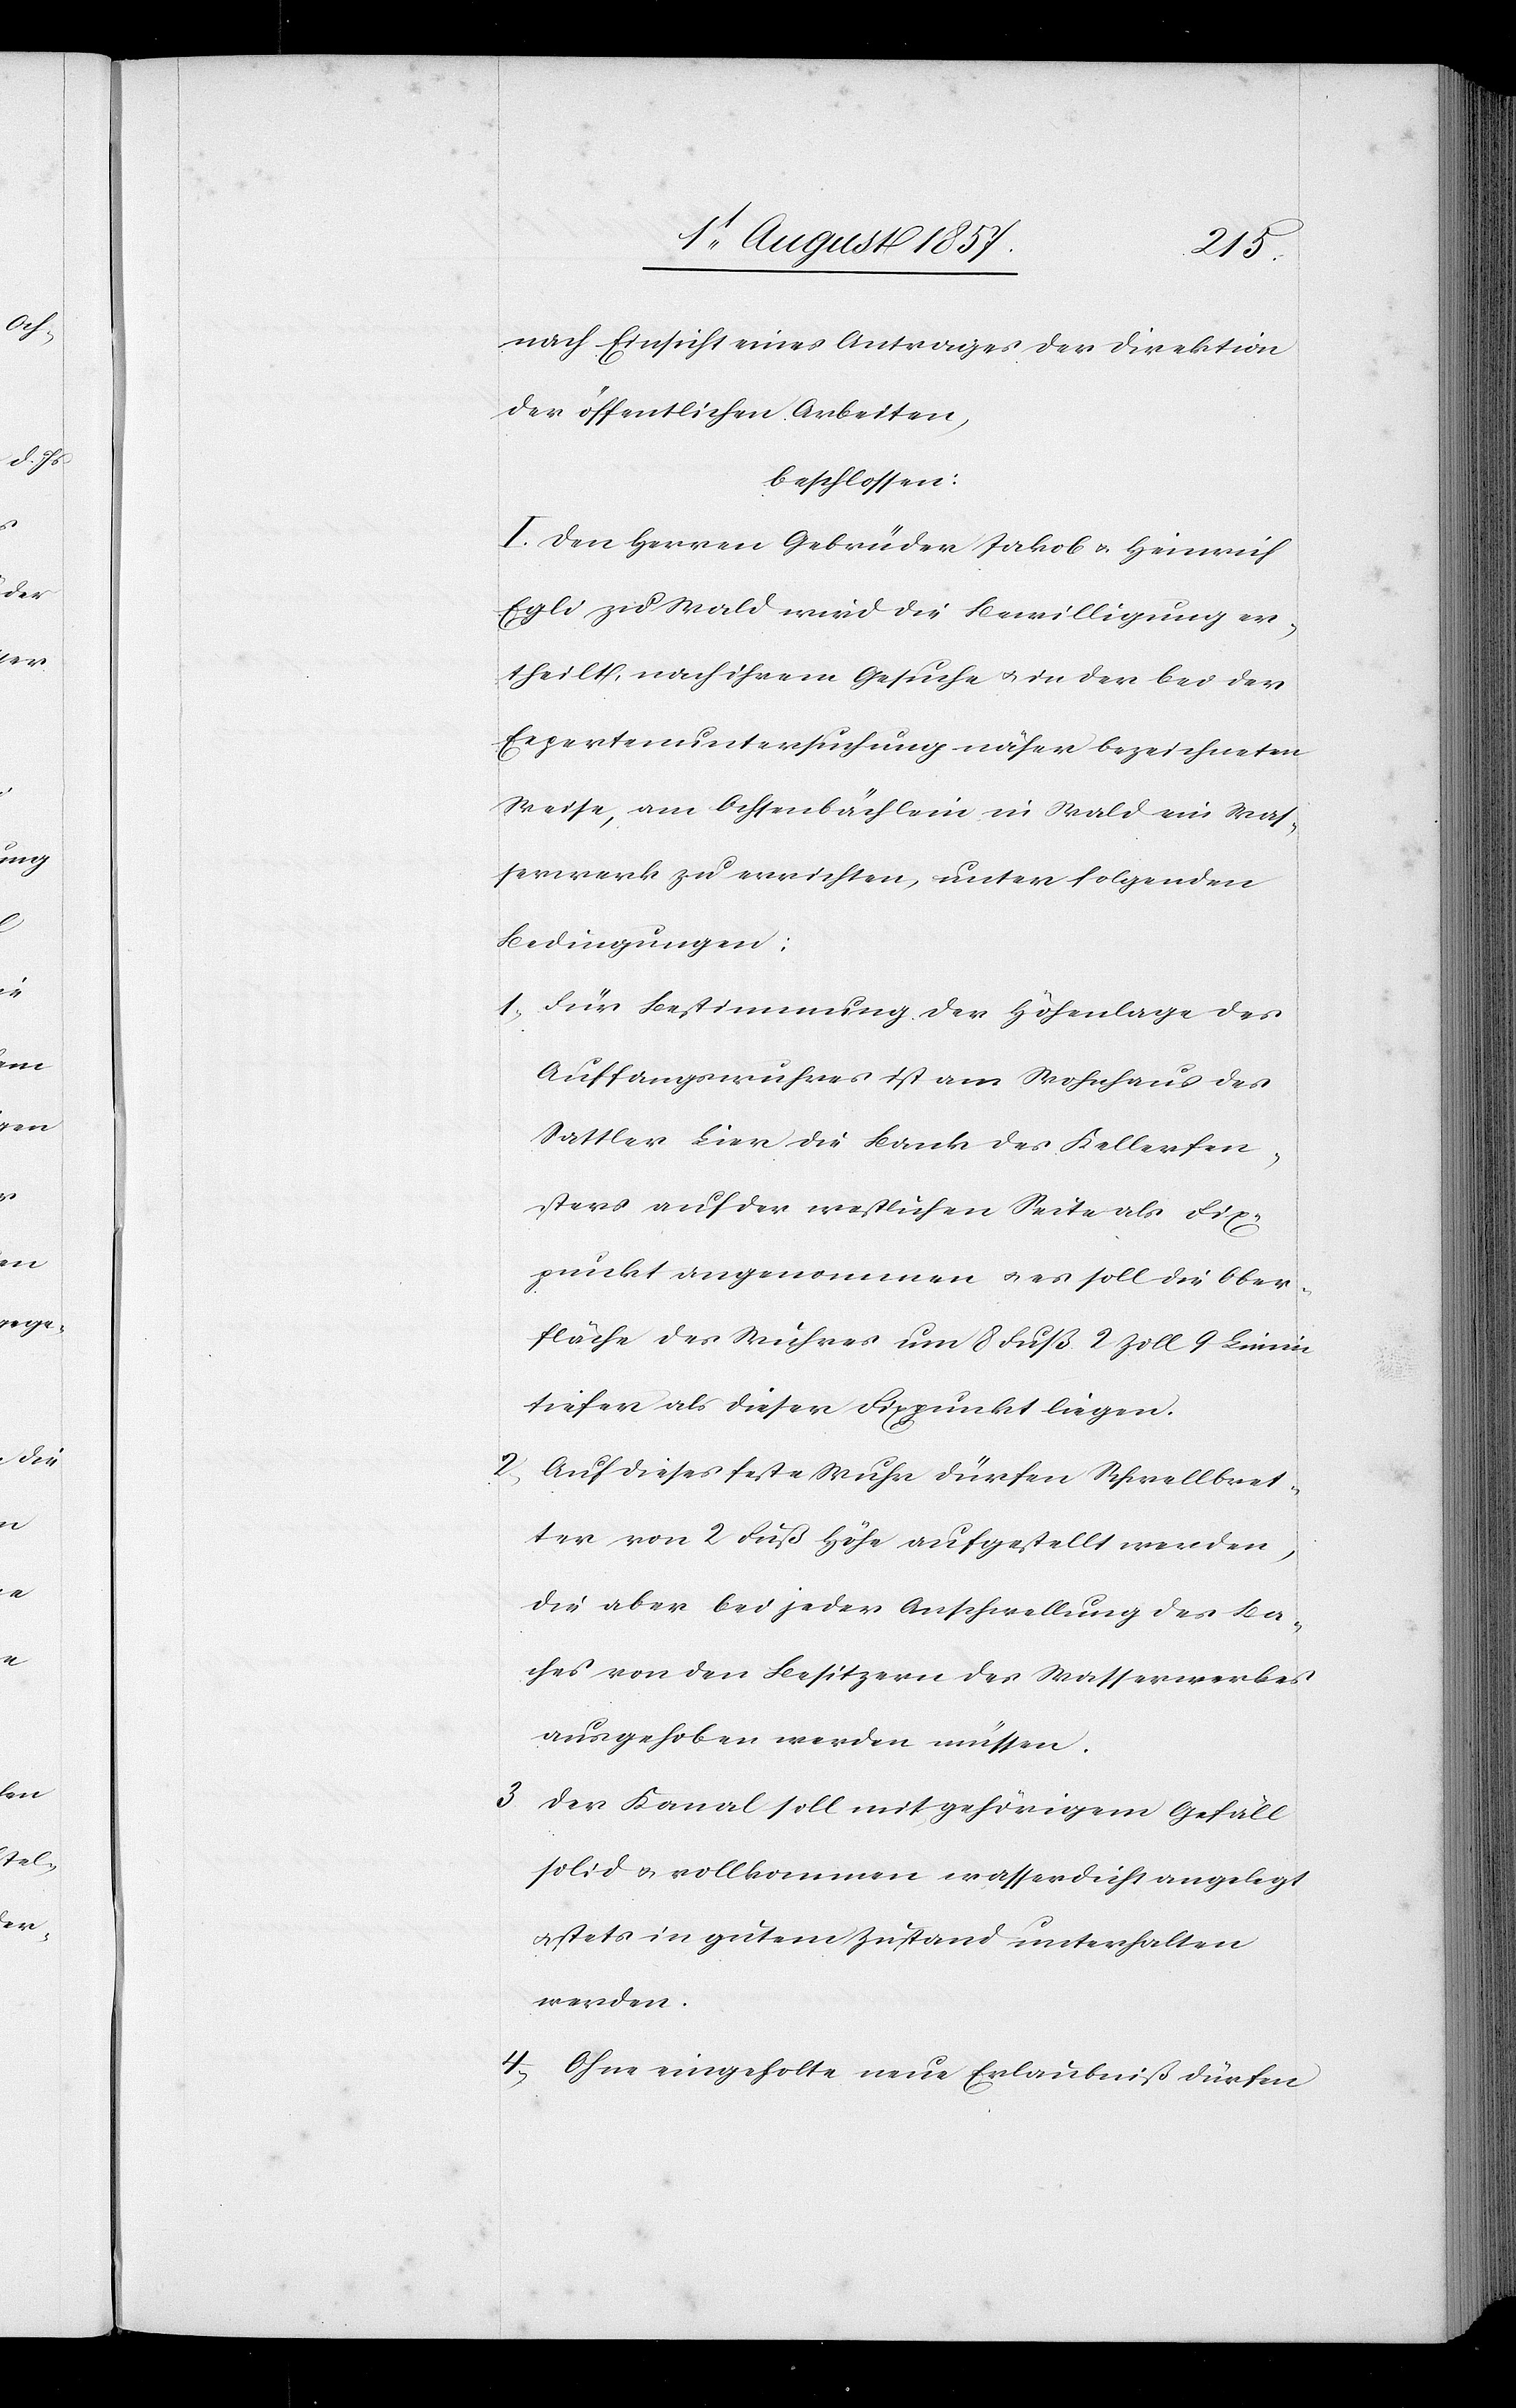
2.

nach Einsicht eine Antrages der Direktion
der öffentlichen Arbeiten,
beschlossen:
I. Den Herren Gebrüder Jakob & Heinrich
Egli zu Wald wird die Bewilligung er¬
theilt, nach ihrem Gesuche & in der bei der
Expertenuntersuchung näher bezeichneten
Weise, am Ochsenbächlein in Wald ein Was¬
serwerk zu errichten, unter folgenden
Bedingungen:
1. Für Bestimmung der Höhenlage des
Auffangswuhres ist am Wohnhaus des
Sattler Lier die Bank des Kellerfen¬
sters auf der westlichen Seite als Fix¬
punkt angenommen & es soll die Ober¬
fläche des Wuhres um 8 Fuß 2 Zoll 9 Linien
tiefer als dieser Fixpunkt liegen.
Auf dieses Wuhr dürfen Schwellbret¬
ter von 2 Fuß Höhe aufgestellt werden,
die aber bei jeder Anschwellung des Ba¬
ches von den Besitzern des Wasserwerkes
ausgehoben werden müssen.
3 Der Kanal soll mit gehörigem Gefäll
solid & vollkommen wasserdicht angelegt
& stets in gutem Zustand unterhalten
werden.
4, Ohne eingeholte neue Erlaubniß dürfen